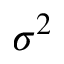
\sigma ^ { 2 }